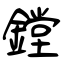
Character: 鏜